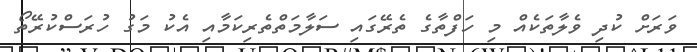
ވަރަށް ކުދި ވެލާތަކެއް މި ހަފްތާގެ ތެރޭގައި ސަލާމަތްތެރިކަމާއި އެކު މަގު ހުރަސްކުރޭތޯ